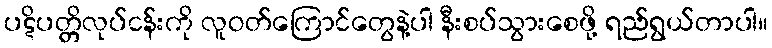
ပဋိပတ္တိလုပ်ငန်းကို လူဝတ်ကြောင်တွေနဲ့ပါ နီးစပ်သွားစေဖို့ ရည်ရွယ်တာပါ။